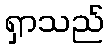
ရှာသည်